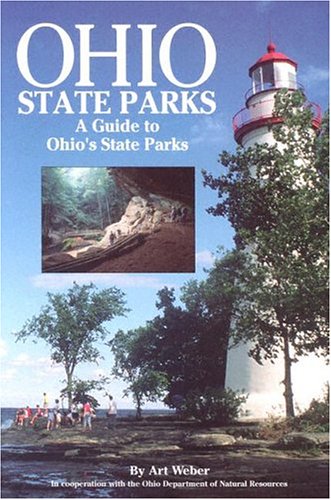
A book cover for Ohio State Parks Guidebook (State Park Guidebooks); Art Weber; Travel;